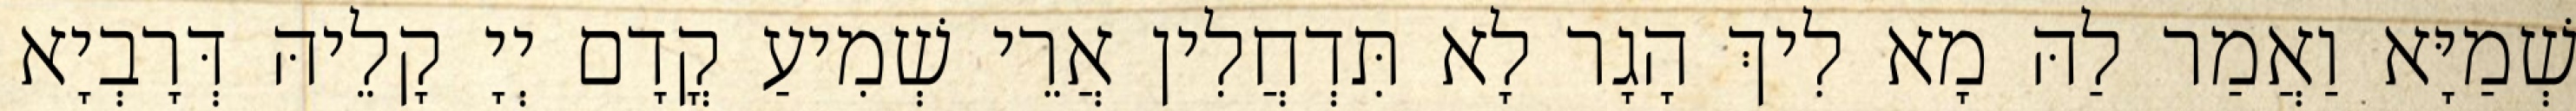
שְׁמַיָּא וַאֲמַר לַהּ מָא לִיךְ הָגָר לָא תִּדְחֲלִין אֲרֵי שְׁמִיעַ קֳדָם יְיָ קָלֵיהּ דְּרָבְיָא